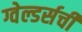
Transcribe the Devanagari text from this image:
ग्वेल्डर्सची